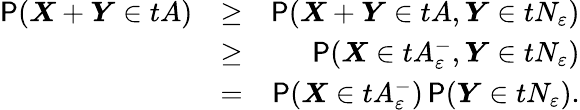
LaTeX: \begin{array}{rlr}{\P(\boldsymbol X+\boldsymbol Y\in tA)}&{\geq}&{\P(\boldsymbol X+\boldsymbol Y\in tA,\boldsymbol Y\in tN_{\varepsilon})}\\ &{\geq}&{\P(\boldsymbol X\in tA_{\varepsilon}^{-},\boldsymbol Y\in tN_{\varepsilon})}\\ &{=}&{\P(\boldsymbol X\in tA_{\varepsilon}^{-})\P(\boldsymbol Y\in tN_{\varepsilon}).}\end{array}